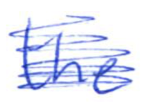
Text: the
Cross-out: scratch
Writing tool: ballpoint